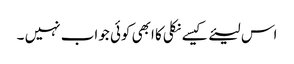
اس لیئے کیسے نکلی کا ابھی کوئی جواب نہیں ۔